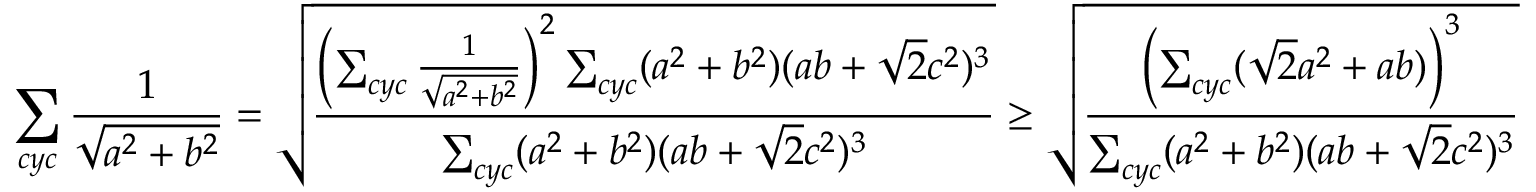
\sum _ { c y c } \frac { 1 } { \sqrt { a ^ { 2 } + b ^ { 2 } } } = \sqrt { \frac { \left( \sum _ { c y c } \frac { 1 } { \sqrt { a ^ { 2 } + b ^ { 2 } } } \right) ^ { 2 } \sum _ { c y c } ( a ^ { 2 } + b ^ { 2 } ) ( a b + \sqrt 2 c ^ { 2 } ) ^ { 3 } } { \sum _ { c y c } ( a ^ { 2 } + b ^ { 2 } ) ( a b + \sqrt 2 c ^ { 2 } ) ^ { 3 } } } \geq \sqrt { \frac { \left( \sum _ { c y c } ( \sqrt 2 a ^ { 2 } + a b ) \right) ^ { 3 } } { \sum _ { c y c } ( a ^ { 2 } + b ^ { 2 } ) ( a b + \sqrt 2 c ^ { 2 } ) ^ { 3 } } }